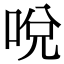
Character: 哾